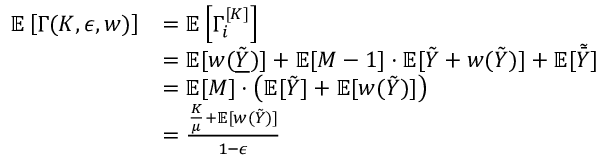
\begin{array} { r l } { \mathbb { E } \left[ \Gamma ( K , \epsilon , w ) \right] } & { = \mathbb { E } \left[ \Gamma _ { i } ^ { [ K ] } \right] } \\ & { = \mathbb { E } [ w ( \tilde { \underline { { Y } } } ) ] + \mathbb { E } [ M - 1 ] \cdot \mathbb { E } [ \tilde { Y } + w ( \tilde { Y } ) ] + \mathbb { E } [ \tilde { \bar { Y } } ] } \\ & { = \mathbb { E } [ M ] \cdot \left( \mathbb { E } [ \tilde { Y } ] + \mathbb { E } [ w ( \tilde { Y } ) ] \right) } \\ & { = \frac { \frac { K } { \mu } + \mathbb { E } [ w ( \tilde { Y } ) ] } { 1 - \epsilon } } \end{array}